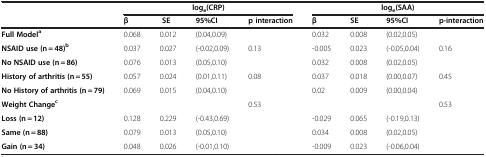
<table><thead><tr><td><b> </b></td><td colspan="4"><b>log<sub>e</sub>(CRP)</b></td><td colspan="4"><b>log<sub>e</sub>(SAA)</b></td></tr><tr><td><b> </b></td><td><b>β</b></td><td><b> SE</b></td><td><b>95%CI</b></td><td><b>p interaction</b></td><td><b>β</b></td><td><b>SE</b></td><td><b>95%CI</b></td><td><b>p-interaction</b></td></tr></thead><tbody><tr><td><b>Full Model</b><sup><b>a</b></sup></td><td>0.068</td><td>0.012</td><td>(0.04,0.09)</td><td> </td><td>0.032</td><td>0.008</td><td>(0.02,0.05)</td><td> </td></tr><tr><td><b>NSAID use (n = 48)</b><sup><b>b</b></sup></td><td>0.037</td><td>0.027</td><td>(-0.02,0.09)</td><td>0.13</td><td>-0.005</td><td>0.023</td><td>(-0.05,0.04)</td><td>0.16</td></tr><tr><td><b>No NSAID use (n = 86)</b></td><td>0.076</td><td>0.013</td><td>(0.05,0.10)</td><td> </td><td>0.032</td><td>0.008</td><td>(0.02,0.05)</td><td> </td></tr><tr><td><b>History of arthritis (n = 55)</b></td><td>0.057</td><td>0.024</td><td>(0.01,0.11)</td><td>0.08</td><td>0.037</td><td>0.018</td><td>(0.00,0.07)</td><td>0.45</td></tr><tr><td><b>No History of arthritis (n = 79)</b></td><td>0.069</td><td>0.015</td><td>(0.04,0.10)</td><td> </td><td>0.02</td><td>0.009</td><td>(0.00,0.04)</td><td> </td></tr><tr><td><b>Weight Change</b><sup><b>c</b></sup></td><td> </td><td> </td><td> </td><td>0.53</td><td> </td><td> </td><td> </td><td>0.53</td></tr><tr><td><b>Loss (n = 12)</b></td><td>0.128</td><td>0.229</td><td>(-0.43,0.69)</td><td> </td><td>-0.029</td><td>0.065</td><td>(-0.19,0.13)</td><td> </td></tr><tr><td><b>Same (n = 88)</b></td><td>0.079</td><td>0.013</td><td>(0.05,0.10)</td><td> </td><td>0.034</td><td>0.008</td><td>(0.02,0.05)</td><td> </td></tr><tr><td><b>Gain (n = 34)</b></td><td>0.048</td><td>0.026</td><td>(-0.01,0.10)</td><td> </td><td>-0.009</td><td>0.023</td><td>(-0.06,0.04)</td><td> </td></tr></tbody></table>